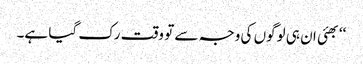
‘‘بھئی ان ہی لوگوں کی وجہ سے تو وقت رک گیا ہے۔